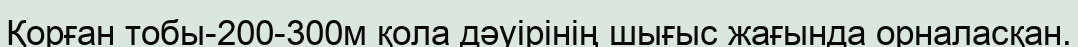
Қорған тобы-200-300м қола дәуірінің шығыс жағында орналасқан.